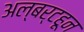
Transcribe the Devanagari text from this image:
अल्बर्टहून